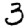
Digit: 3